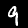
Label: 9